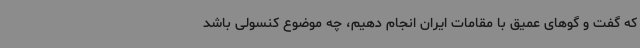
که گفت و گوهای عمیق با مقامات ایران انجام دهیم، چه موضوع کنسولی باشد